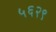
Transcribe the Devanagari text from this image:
५६२९